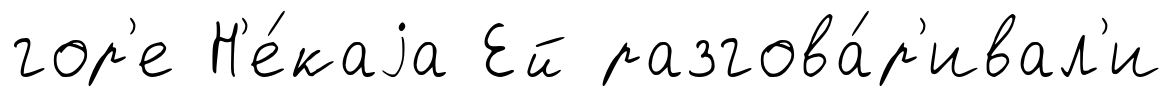
гор'е Н'е́каjа Ей разгова́р'ивал'и